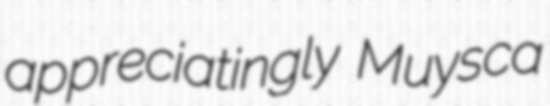
appreciatingly Muysca